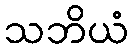
သဘိယံ